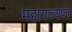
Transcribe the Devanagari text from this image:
महाराज्यप्ल